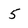
Character: 5